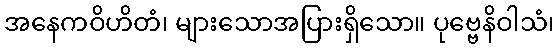
အနေကဝိဟိတံ၊ များသောအပြားရှိသော။ ပုဗ္ဗေနိဝါသံ၊